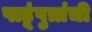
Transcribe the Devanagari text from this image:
पाडूंपुत्रांची